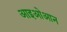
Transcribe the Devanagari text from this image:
आइओआन